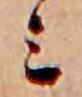
ミ